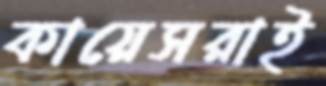
কায়েসরাই